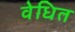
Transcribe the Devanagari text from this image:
वेधित